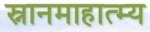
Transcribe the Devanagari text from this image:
स्नानमाहात्म्य